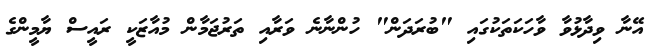
އޭނާ ވިދާޅުވާ ވާހަކަތަކުގައި "ބުރަަދަން" ހުންނާނެ ވަރާއި ތަރުޖަމާން މުއާޒަކީ ރައީސް ޔާމީންގެ